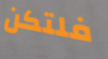
فلتكن